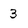
Character: 3